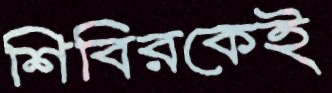
শিবিরকেই